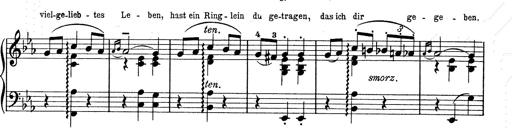
Title: 6 Polish Songs
Composer: Franz Liszt